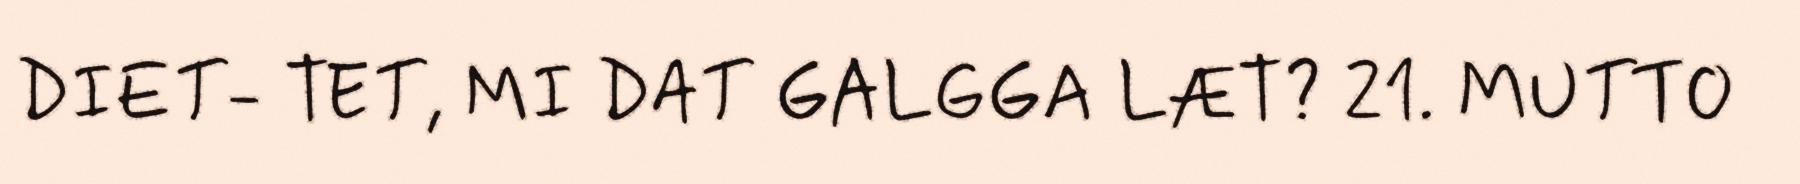
DIET- TET, MI DAT GALGGA LÆT? 21. MUTTO